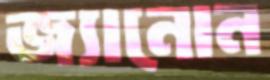
জ্যানোন